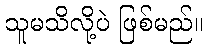
သူမသိလို့ပဲ ဖြစ်မည်။